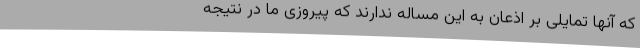
که آنها تمایلی بر اذعان به این مساله ندارند که پیروزی ما در نتیجه